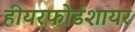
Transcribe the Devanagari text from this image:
हीयरफोर्डशायर